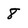
Character: 8